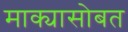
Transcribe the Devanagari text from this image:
माक्यासोबत